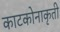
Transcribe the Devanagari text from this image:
काटकोनाकृती